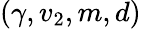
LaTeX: (\gamma,v_{2},m,d)